Report on the cultivation and use of ganja
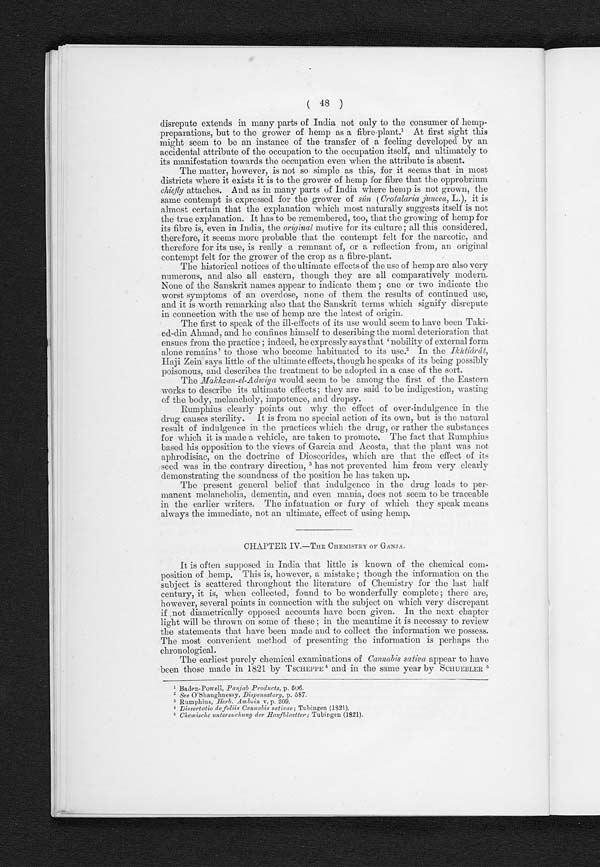
( 48 )
disrepute extends in many parts of India not only to the consumer of hemp-
preparations, but to the grower of hemp as a fibre-plant.1 A t f i r s t s i g h t t h i s
might seem to be an instance of the transfer of a feeling developed by an
accidental attribute of the occupation to the occupation itself, and ultimately to
its manifestation towards the occupation even when the attribute is absent.
The matter, however, is not so simple as this, for it seems that in most
districts where it exists it is to the grower of hemp for fibre that the opprobrium
chiefly attaches. And as in many parts of India where hemp is not grown, the
same contempt is expressed for the grower of sún ( Crotalaria juncea, L.), it is
almost certain that the explanation which most naturally suggests itself is not
the true explanation. It has to be remembered, too, that the growing of hemp for
its fibre is, even in India, the original motive for its culture; all this considered,
therefore, it seems more probable that the contempt felt for the narcotic, and
therefore for its use, is really a remnant of, or a reflection from, an original
contempt felt for the grower of the crop as a fibre-plant.
The historical notices of the ultimate effects of the use of hemp are also very
numerous, and also all eastern, though they are all comparatively modern.
None of the Sanskrit names appear to indicate them ; one or two indicate the
worst symptoms of an overdose, none of them the results of continued use,
and it is worth remarking also that the Sanskrit terms which signify disrepute
in connection with the use of hemp are the latest of origin.
The first to speak of the ill-effects of its use would seem to have been Taki-
ed-din Ahmad, and he confines himself to describing the moral deterioration that
ensues from the practice ; indeed, he expressly says that 'nobility of external form
alone remains' to those who become habituated to its use.2 I n t h e
I k h t i á r á t ,
Haji Zein says little of the ultimate effects, though he speaks of its being possibly
poisonous, and describes the treatment to be adopted in a case of the sort.
The Makhzan-el-Adwiya would seem to be among the first of the Eastern
works to describe its ultimate effects ; they are said to be indigestion, wasting
of the body, melancholy, impotence, and dropsy.
Rumphius clearly points out why the effect of over-indulgence in the
drug causes sterility. It is from no special action of its own, but is the natural
result of indulgence in the practices which the drug, or rather the substances
for which it is made a vehicle, are taken to promote. The fact that Rumphius
based his opposition to the views of Garcia and Acosta, that the plant was not
aphrodisiac, on the doctrine of Dioscorides, which are that the effect of its
seed was in the contrary direction, 3 has not prevented him from very clearly
demonstrating the soundness of the position he has taken up.
The present general belief that indulgence in the drug leads to per-
manent melancholia, dementia, and even mania, does not seem to be traceable
in the earlier writers, The infatuation or fury of which they speak means
always the immediate, not an ultimate, effect of using hemp.
CHAPTER, IV.—THE CHEMISTRY OF GÁNJÁ.
It is often supposed in India that little is known of the chemical com-
position of hemp. This is, however, a mistake ; though the information on the
subject is scattered throughout the literature of Chemistry for the last half
century, it is, when collected, found to be wonderfully complete ; there are,
however, several points in connection with the subject on which very discrepant
if not diametrically opposed accounts have been given. In the next chapter
light will be thrown on some of these ; in the meantime it is necessay to review
the statements that have been made and to collect the information we possess.
The most convenient method of presenting the information is perhaps the
chronological.
The earliest purely chemical examinations of Cannabis sativa appear to have
been those made in 1821 by TSCHEPPE 4 and in the same year by SCHUEBLER5
¹ Baden-Powell, Panjab Products, p. 506.
² See O'Shaughnessy, Dispensatory, p. 587.
³ Rumphius, Herb. Amboin v,p. 209.
4
Di ssert at i o de fol i i s Cannabi s sat i vae; Tubi ngen ( 1821) ,
5 Chemi sche unt er suchung der Hanf bl aet t er ; Tubi ngen ( 1821).